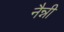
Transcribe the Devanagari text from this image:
नैन्नी